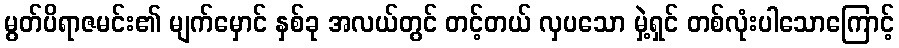
မွတ်ပိရာဇမင်း၏ မျက်မှောင် နှစ်ခု အလယ်တွင် တင့်တယ် လှပသော မှဲ့ရှင် တစ်လုံးပါသောကြောင့်